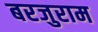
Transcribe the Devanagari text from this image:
बरजुराम